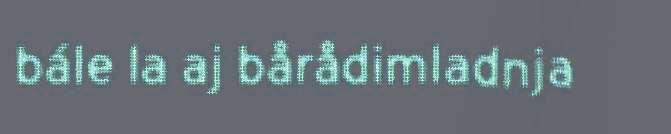
bále la aj bårådimladnja